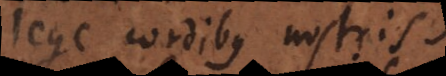
lege cordibus nostris